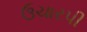
ઉચારપી